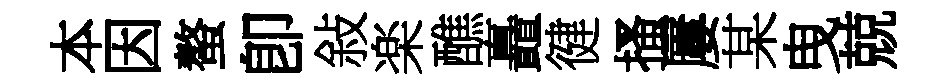
本因螯卽敍楽醮矗徤搔屢某曳兢